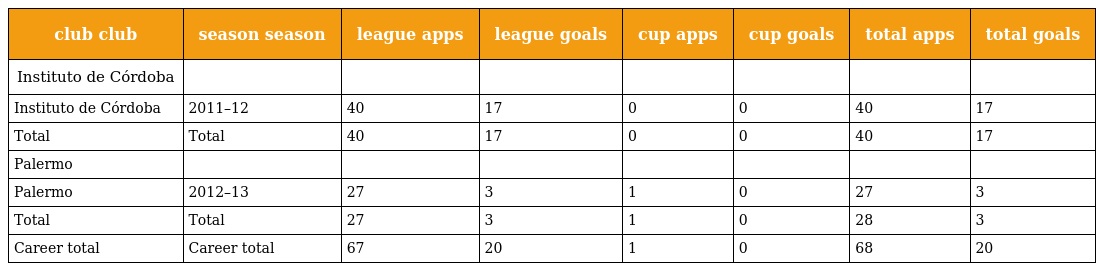
| club club | season season | league apps | league goals | cup apps | cup goals | total apps | total goals |
 | --- | --- | --- | --- | --- | --- | --- | --- |
 | Instituto de Córdoba |  |  |  |  |  |  |  |
 | Instituto de Córdoba | 2011–12 | 40 | 17 | 0 | 0 | 40 | 17 |
 | Total | Total | 40 | 17 | 0 | 0 | 40 | 17 |
 | Palermo |  |  |  |  |  |  |  |
 | Palermo | 2012–13 | 27 | 3 | 1 | 0 | 27 | 3 |
 | Total | Total | 27 | 3 | 1 | 0 | 28 | 3 |
 | Career total | Career total | 67 | 20 | 1 | 0 | 68 | 20 |